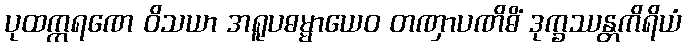
ပုထက္ကရဏေ ဝိသယာ အရူပဓမ္မာယေဝ တဏှာပဏိဓိံ ဒုက္ခဿန္တကိရိယံ